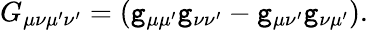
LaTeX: G_{\mu\nu\mu^{\prime}\nu^{\prime}}=(\mathtt{g}_{\mu\mu^{\prime}}\mathtt{g}_{\nu\nu^{\prime}}-\mathtt{g}_{\mu\nu^{\prime}}\mathtt{g}_{\nu\mu^{\prime}}).